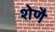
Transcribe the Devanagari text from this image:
शेणै